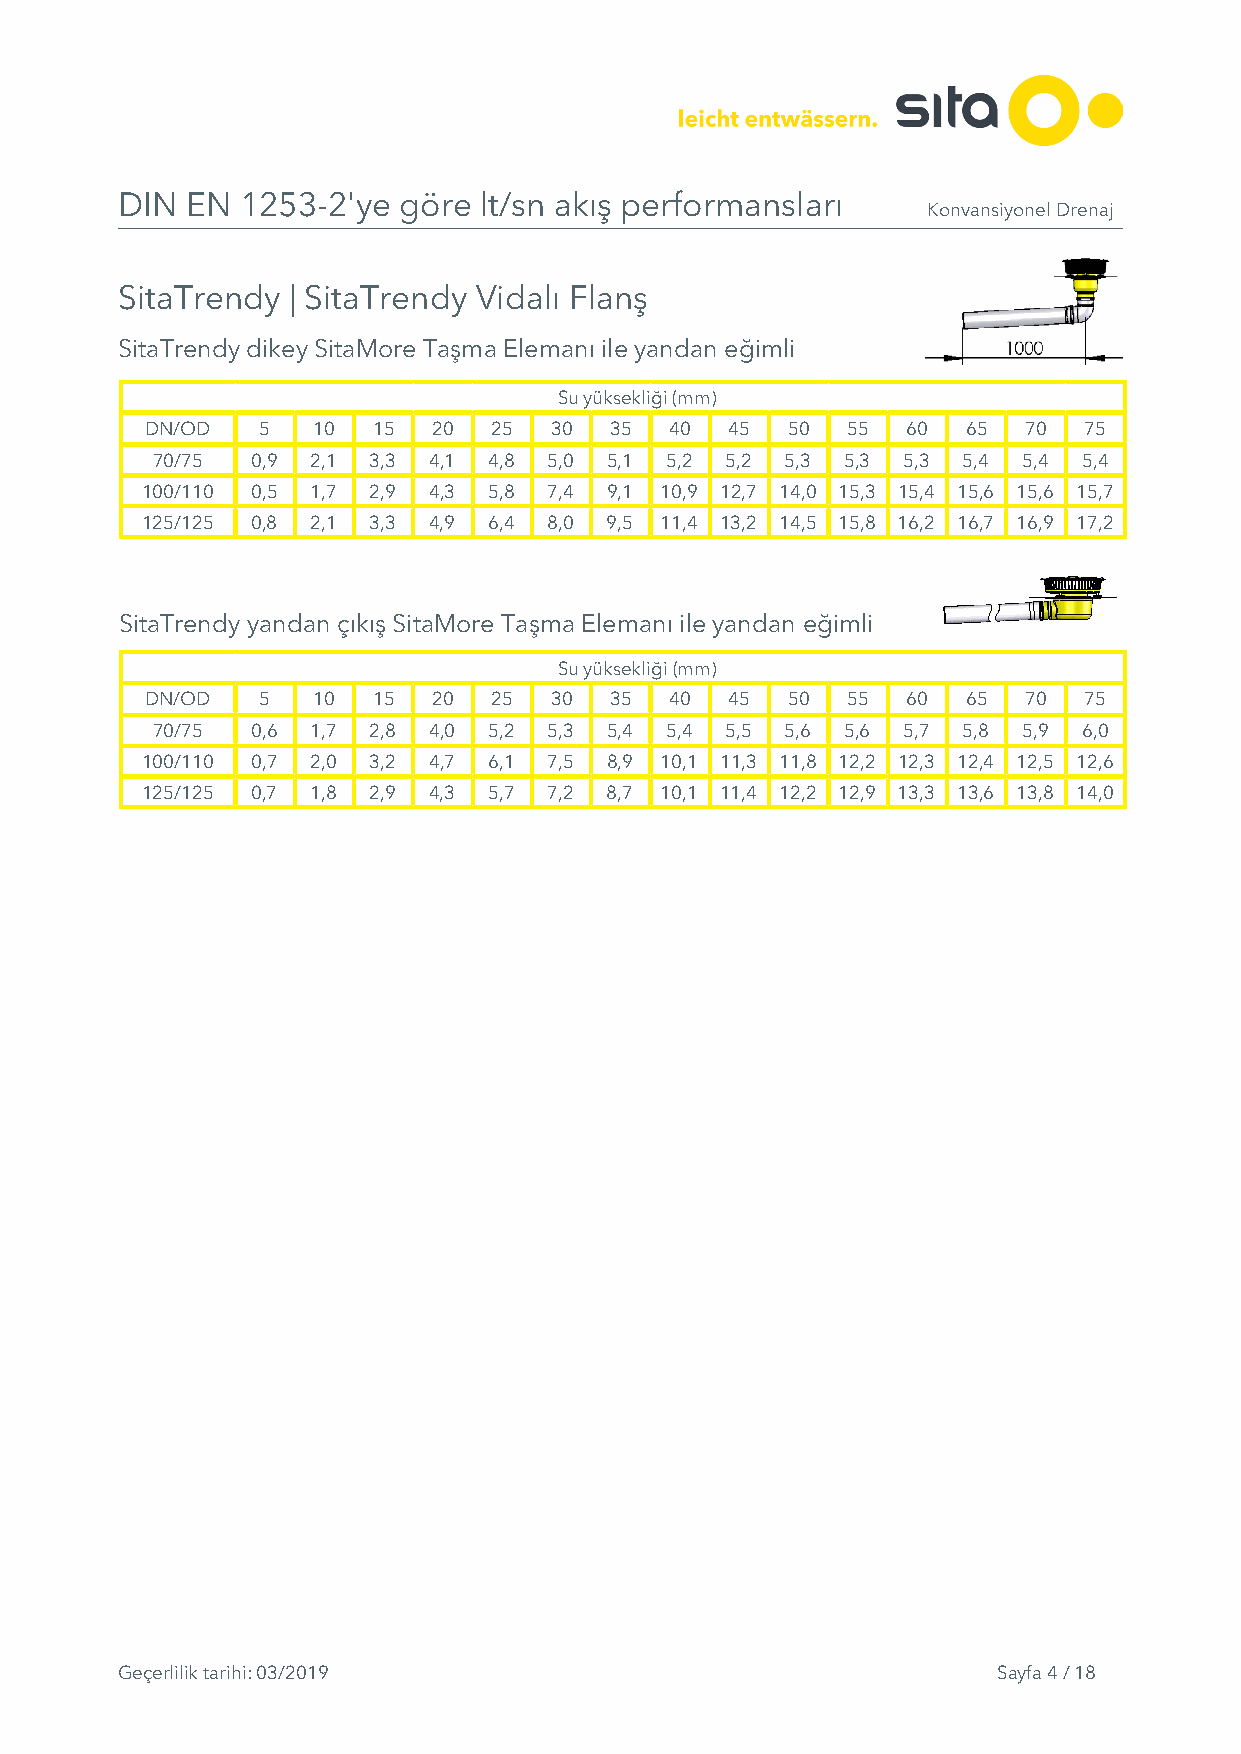
DIN EN  1253-2'ye göre  lt/sn akış performansları
 Konvansiyonel Drenaj
 SitaTrendy | SitaTrendy Vidalı Flanş
 SitaTrendy dikey SitaMore Taşma Elemanı ile yandan eğimli
 Su yüksekliği (mm)
 DN/OD  5   10  15  20  25 30  35  40  45  50  55  60  65  70  75
 70/75  0,9 2,1 3,3 4,1 4,8 5,0 5,1 5,2 5,2 5,3 5,3 5,3 5,4 5,4 5,4
 100/110 0,5 1,7 2,9 4,3 5,8 7,4 9,1 10,9 12,7 14,0 15,3 15,4 15,6 15,6 15,7
 125/125 0,8 2,1 3,3 4,9 6,4 8,0 9,5 11,4 13,2 14,5 15,8 16,2 16,7 16,9 17,2
 SitaTrendy yandan çıkış SitaMore Taşma Elemanı ile yandan eğimli
 Su yüksekliği (mm)
 DN/OD  5   10  15  20  25 30  35  40  45  50  55  60  65  70  75
 70/75  0,6 1,7 2,8 4,0 5,2 5,3 5,4 5,4 5,5 5,6 5,6 5,7 5,8 5,9 6,0
 100/110 0,7 2,0 3,2 4,7 6,1 7,5 8,9 10,1 11,3 11,8 12,2 12,3 12,4 12,5 12,6
 125/125 0,7 1,8 2,9 4,3 5,7 7,2 8,7 10,1 11,4 12,2 12,9 13,3 13,6 13,8 14,0
 Geçerlilik tarihi: 03/2019                                Sayfa 4 / 18